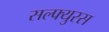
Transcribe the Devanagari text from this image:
सल्फ्युरस